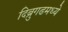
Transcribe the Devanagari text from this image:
दिब्रुगढमध्ये